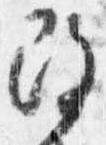
改